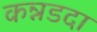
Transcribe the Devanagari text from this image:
कन्नडदा